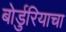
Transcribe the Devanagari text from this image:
बोर्डुरियाचा